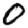
Digit: 0